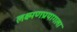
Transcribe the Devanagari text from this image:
लक्ष्मणप्रयागला